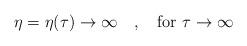
LaTeX: \begin{align*}\eta = \eta(\tau) \to \infty \quad , \quad \mbox{for}~ \tau\to \infty\end{align*}